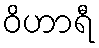
ဝိဟာရီ